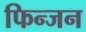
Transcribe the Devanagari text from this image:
फिन्जन